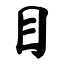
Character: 目